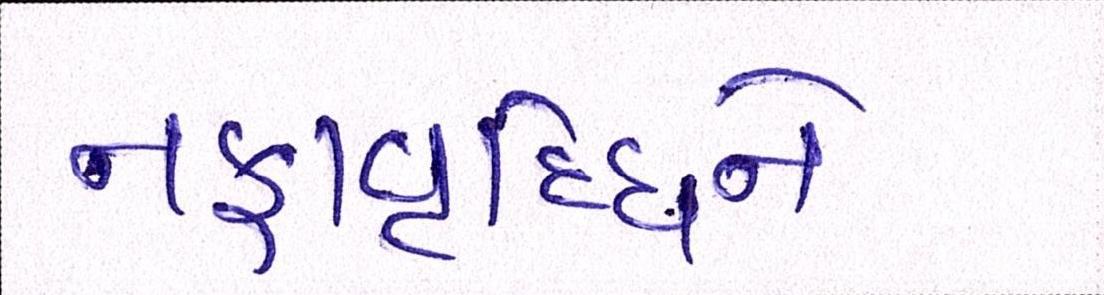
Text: નફાવૃદ્ધિને